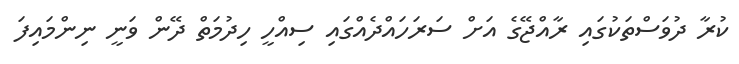
ކުރާ ދުވަސްތަކުގައި ރާއްޖޭގެ އަށް ސަރަހައްދެއްގައި ސިއްހީ ހިދުމަތް ދޭން ވަނީ ނިންމައިފަ